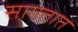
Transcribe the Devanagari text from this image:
सागतात